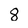
Character: 8